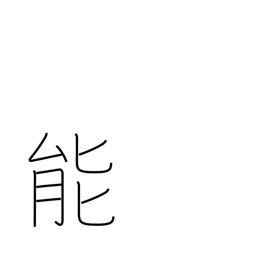
Meaning: talent